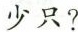
少只?